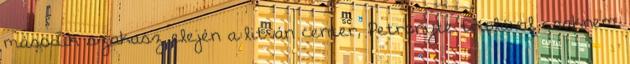
második szakasz elején a litván center, Petronyte triplával csaknem